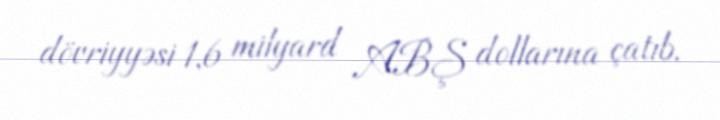
dövriyyəsi 1,6 milyard ABŞ dollarına çatıb.